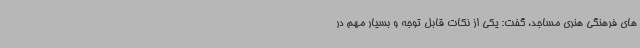
های فرهنگی هنری مساجد، گفت: یکی از نکات قابل توجه و بسیار مهم در